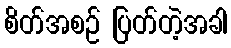
စိတ်အစဉ် ပြတ်တဲ့အခါ